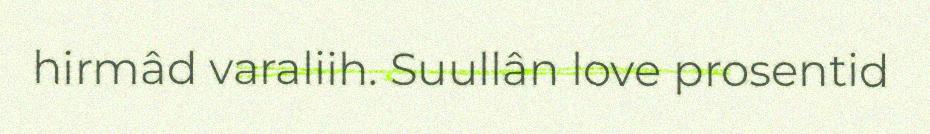
hirmâd varaliih. Suullân love prosentid